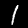
Digit: 1